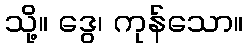
သို့။ ဒွေ၊ ကုန်သော။